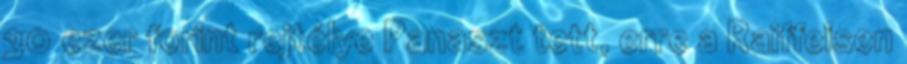
30 ezer forint rejtélye Panaszt tett, erre a Raiffeisen